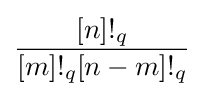
{\frac {[n]!_{q}}{[m]!_{q}[n-m]!_{q}}}